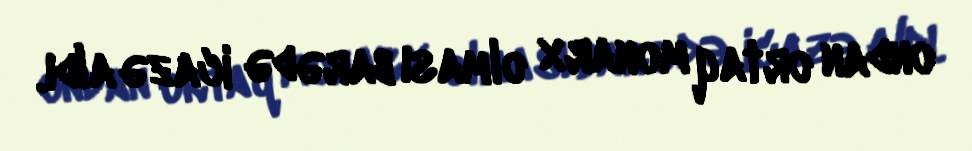
ondan ortaq monarx olması barədə icazə aldı.